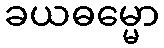
ခယဓမ္မော